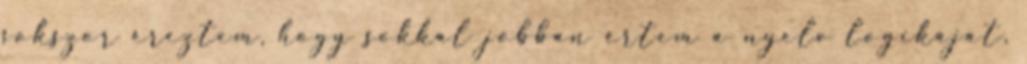
sokszor éreztem, hogy sokkal jobban értem a nyelv logikáját,